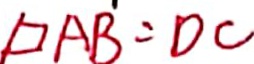
\square A B = D C